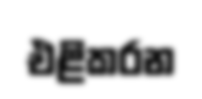
එළිකරන